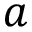
a